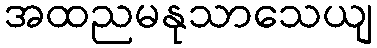
အထညမနုသာသေယျ